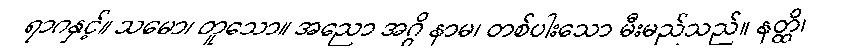
ရာဂနှင့်။ သမော၊ တူသော။ အညော အဂ္ဂိ နာမ၊ တစ်ပါးသော မီးမည်သည်။ နတ္ထိ၊